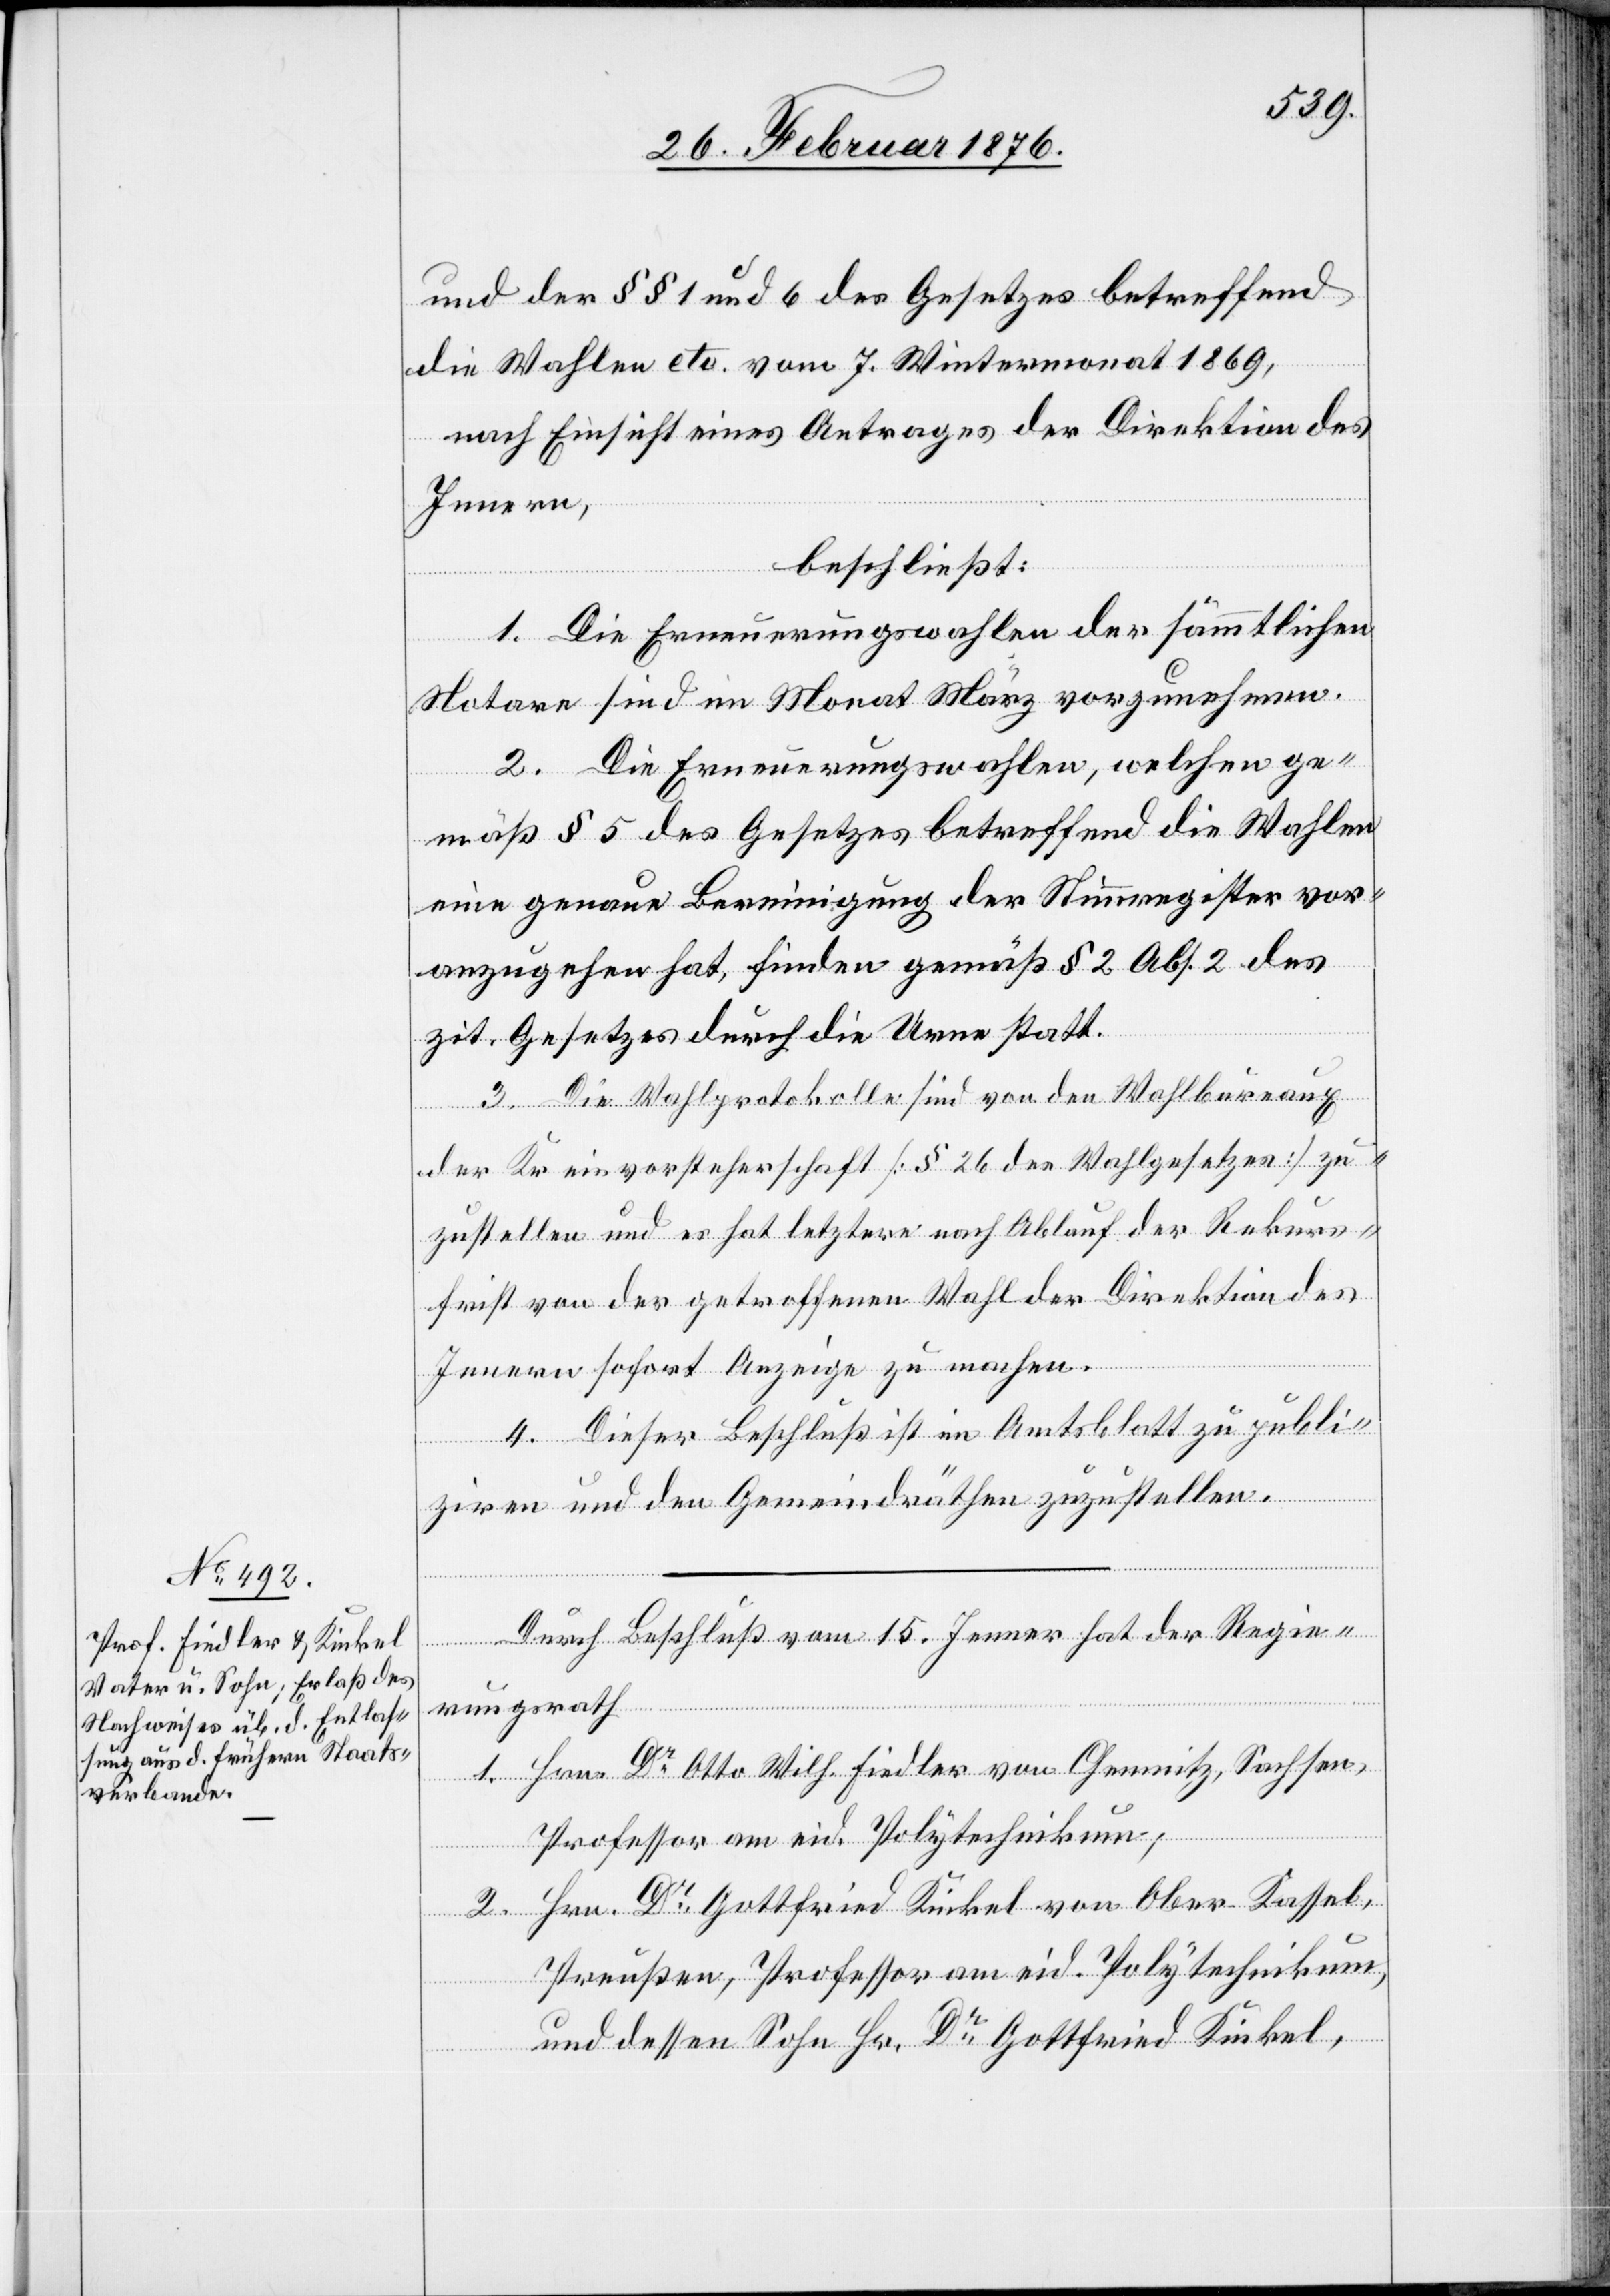
und der §§ 1 und 6 des Gesetzes betreffend
die Wahlen etc. vom 7. Wintermonat 1869,
nach Einsicht eines Antrages der Direktion des
Innern,
beschließt:
1. Die Ernennungswahlen der sämmtlichen
Notare sind im Monat März vorzunehmen.
2. Die Ernennungswahlen, welchen ge¬
mäß § 5 des Gesetzes betreffend die Wahlen
eine genaue Bereinigung der Steurregister vor¬
anzugehen hat, finden gemäß § 2 Abs. 2 des
zit. Gesetzes durch die Urne statt.
3. Die Wahlprotokolle sind von den Wahlbureaux
der Kreisvorsteherschaft [§ 26 des Wahlgesetzes] zu¬
zustellen und es hat letztern nach Ablauf der Rekurs¬
frist von der getroffenen Wahl der Direktion des
Innern sofort Anzeige zu machen.
4. Dieser Beschluß ist im Amtsblatt zu publi¬
ziren und den Gemeindräthen zuzustellen.
Durch Beschluß vom 15. Jenner hat der Regie¬
rungsrath,
1. Hrn. Dr Otto Wilh. Fiedler von Chemnitz, Sachsen,
Professor am eid. Polytechnikum,
2. Hrn. Dr Gottfried Kinkel von Ober-Kassel,
Preußen, Professor am eid. Polytechnikum,
und dessen Sohn Hr. Dr Gottfried Kinkel,